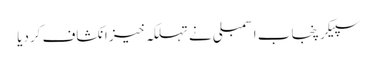
سپیکر پنجاب اسمبلی نے تہلکہ خیز انکشاف کردیا